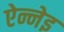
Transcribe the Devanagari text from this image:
ऐन्नेइ